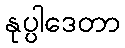
နုပ္ပါဒေတာ